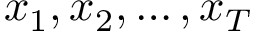
x _ { 1 } , x _ { 2 } , \dots , x _ { T }